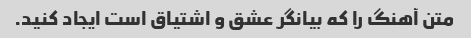
متن آهنگ را که بیانگر عشق و اشتیاق است ایجاد کنید.